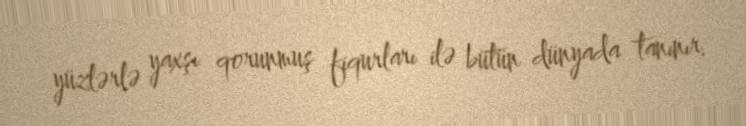
yüzlərlə yaxşı qorunmuş fiqurları ilə bütün dünyada tanınır.